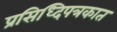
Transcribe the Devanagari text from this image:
प्रसिध्दिपत्रकात